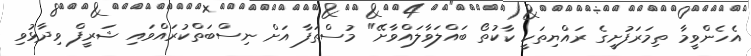
އެހެންވީމާ ތިމަރަފުށީގެ ރައްޔިތަކީ ކާކުތޯ ބައްލަވާލައްވާށޭ" މުސްތަފާ އަށް ނިސްބަތްކުރައްވައި ޝަރީފް ވިދާޅުވި